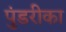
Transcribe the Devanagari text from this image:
पुंडरीका